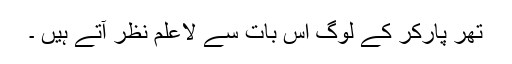
تھر پارکر کے لوگ اس بات سے لاعلم نظر آتے ہیں ۔